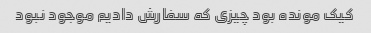
کیک مونده بود چیزی که سفارش دادیم موجود نبود